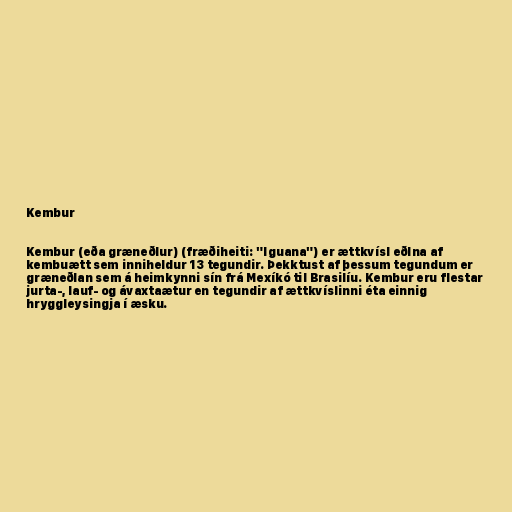
Kembur

Kembur (eða græneðlur) (fræðiheiti: "Iguana") er ættkvísl eðlna af
kembuætt sem inniheldur 13 tegundir. Þekktust af þessum tegundum er
græneðlan sem á heimkynni sín frá Mexíkó til Brasilíu. Kembur eru flestar
jurta-, lauf- og ávaxtaætur en tegundir af ættkvíslinni éta einnig
hryggleysingja í æsku.